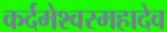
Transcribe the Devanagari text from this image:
कर्दमेश्वरमहादेव